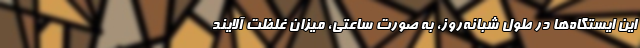
این ایستگاه‌ها در طول شبانه‌روز، به صورت ساعتی، میزان غلظت آلایند